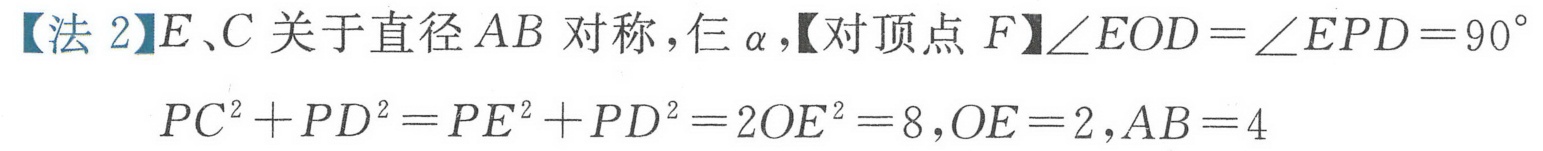
【法 2】\(E、C\)关于直径\(AB\)对称，仨\(\alpha\)，【对顶点\(F\)】\(\angle EOD=\angle EPD = 90^{\circ}\)
\(PC^{2}+PD^{2}=PE^{2}+PD^{2}=2OE^{2}=8\),\(OE = 2\),\(AB = 4\)